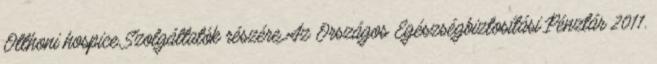
Otthoni hospice Szolgáltatók részére Az Országos Egészségbiztosítási Pénztár 2011.